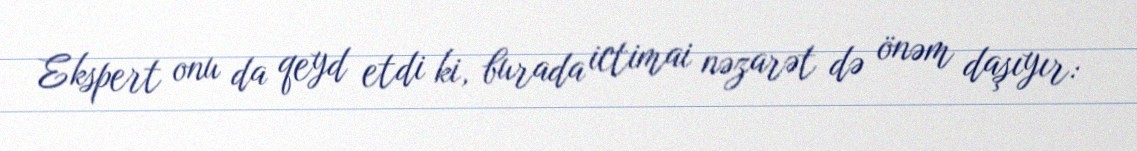
Ekspert onu da qeyd etdi ki, burada ictimai nəzarət də önəm daşıyır: